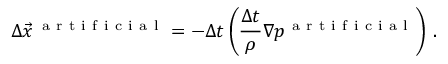
\Delta \vec { x } ^ { \, \mathrm { ~ a ~ r ~ t ~ i ~ f ~ i ~ c ~ i ~ a ~ l ~ } } = - \Delta t \left( \frac { \Delta t } { \rho } \nabla p ^ { \mathrm { ~ a ~ r ~ t ~ i ~ f ~ i ~ c ~ i ~ a ~ l ~ } } \right) \, .